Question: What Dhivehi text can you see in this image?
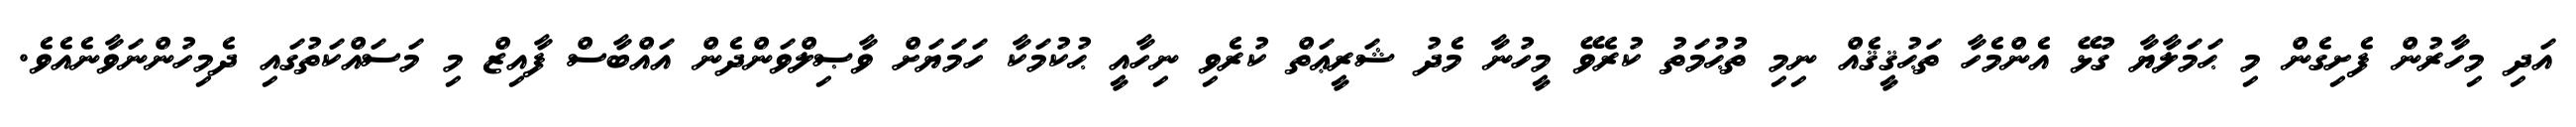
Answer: އަދި މިހާރުން ފެށިގެން މި ޙަމަލާޔާ ގުޅޭ އެންމެހާ ތަޙުޤީޤެއް ނިމި ތުޙުމަތު ކުރެވޭ މީހުނާ މެދު ޝަރީޢަތް ކުރެވި ނިހާއީ ޙުކުމަކާ ހަމަޔަށް ވާޞިލްވަންދެން އައްބާސް ފާއިޒް މި މަސައްކަތުގައި ދެމިހުންނަވާނެއެވެ.